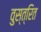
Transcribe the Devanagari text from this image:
वुस्त्रित